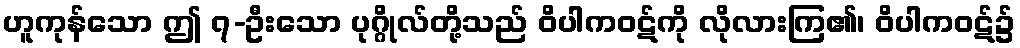
ဟူကုန်သော ဤ ၇-ဦးသော ပုဂ္ဂိုလ်တို့သည် ဝိပါကဝဋ်ကို လိုလားကြ၏၊ ဝိပါကဝဋ်၌